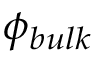
\phi _ { b u l k }